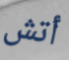
أتش